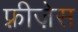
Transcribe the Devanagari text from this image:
फ़्रीज़ेस